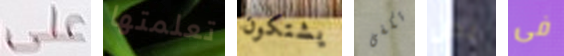
على تعلمتها يشتكون تكفى نحن فى